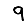
Digit: 9